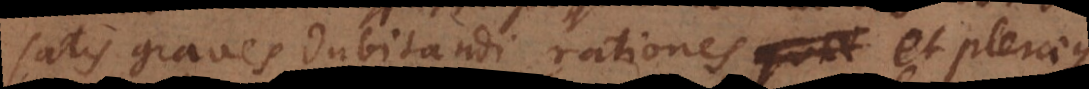
satis graves dubitandi rationes et pleraeque